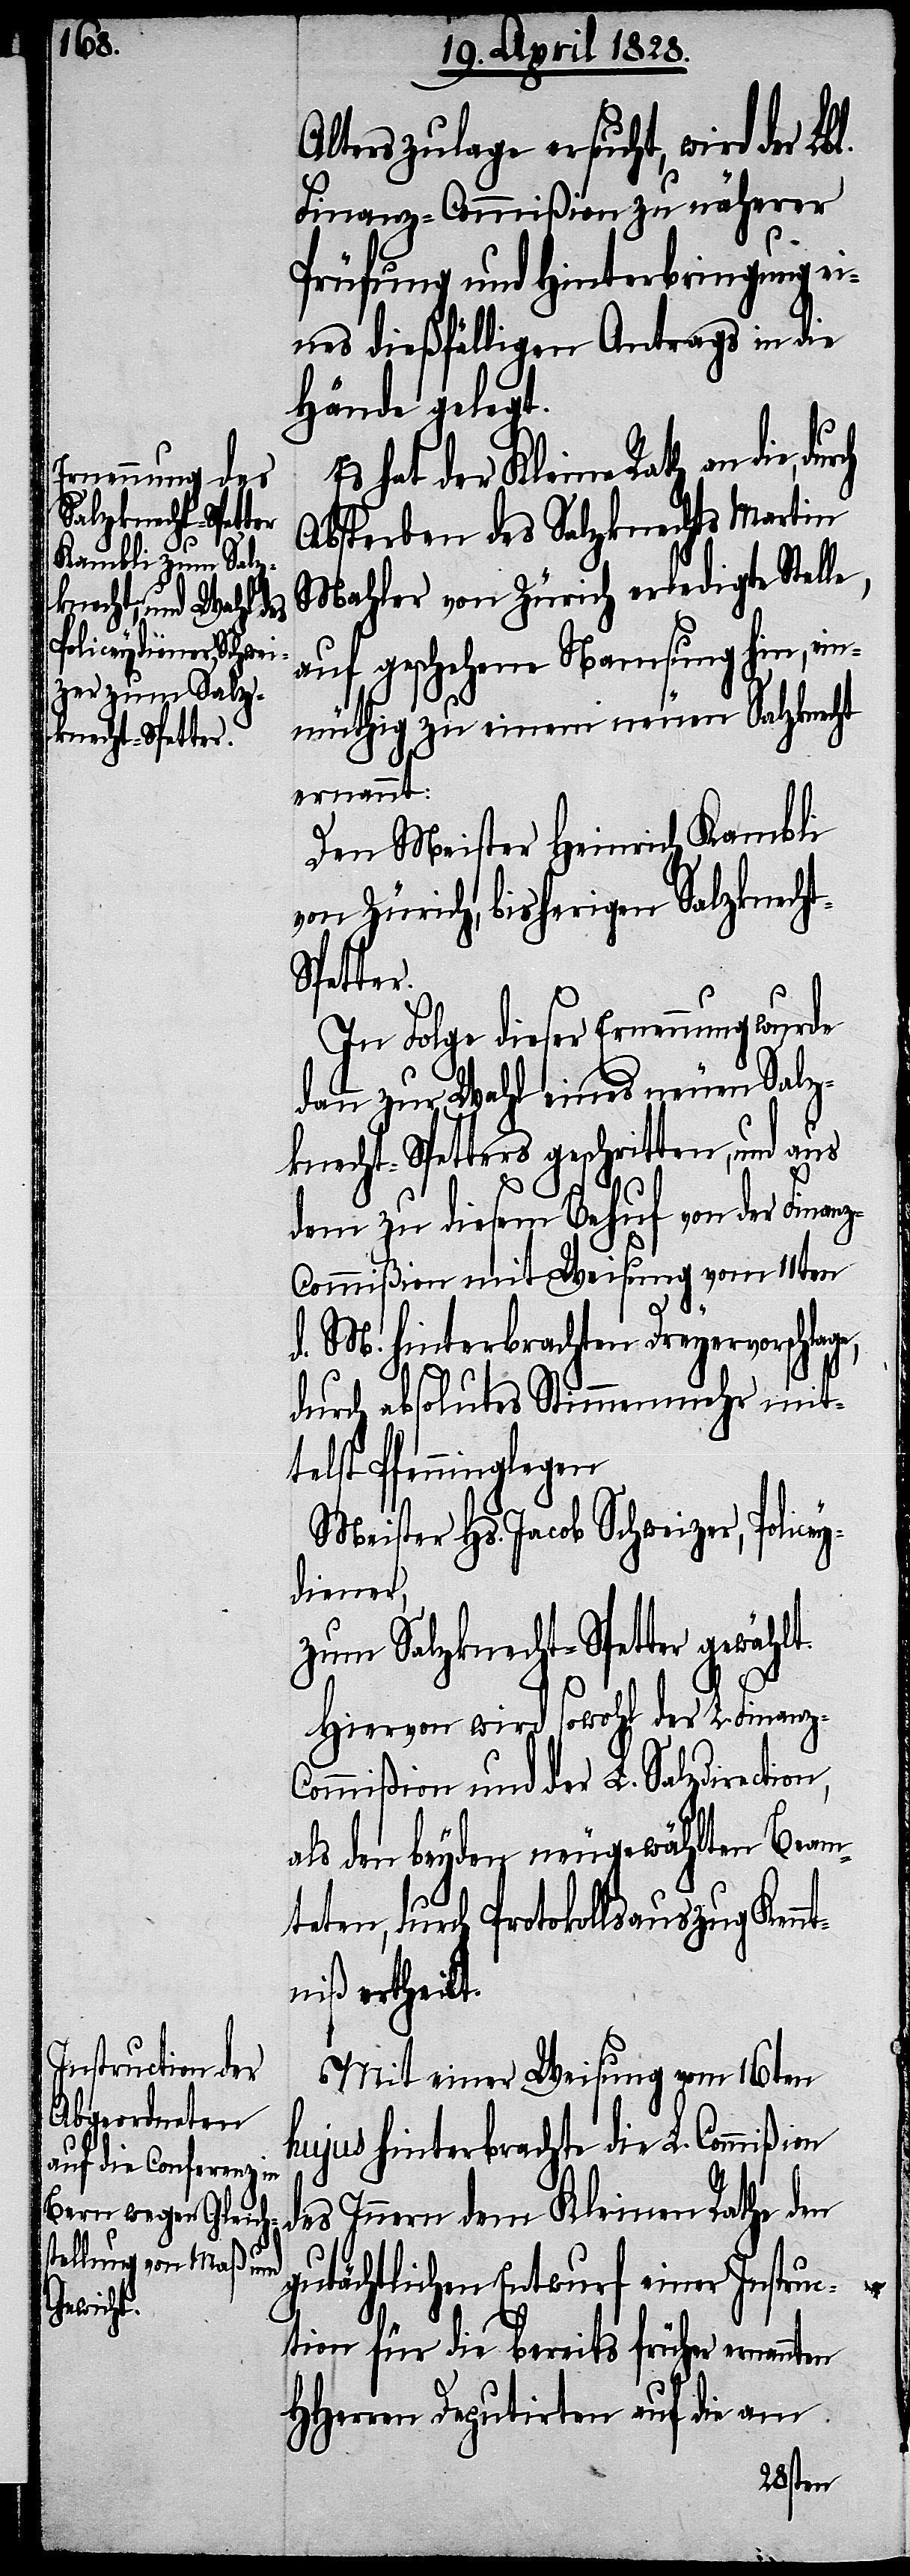
echt-Spetter.

Alterszulage ersucht, wird der
Finanz-Commißion zu näherer
Prüfung und Hinterbringung ei¬
nes dießfälligen Antrags in die
Hände gelegt.
Es hat der Kleine Rath an die,
Absterben des Salzknechts Martin
Mahler von Zürich erledigte Stell¬
auf geschehene Namsung hin, ei¬
nmüthig zu einem neuen Salzknecht
ernannt:
Den Meister Heinrich Kambli
von Zürich, bisherigen Salzkn¬
In Folge dieser Ernennung wurde
dann zur Wahl eines neuen Salz¬
knecht-Spetters geschritten, und aus
dem zu diesem Behuf von der Finan¬
z-Commißion mit Weisung vom 11ten
e,
d. M. hinterbrachten Dreyervorschlage,
durch absolutes Stimmenmehr mit¬
telst Pfenniglegen
Meister Hs. Jacob Schweizer, Police¬
ydiener,
zum Salzknecht-Spetter gewählt.
Hiervon wird sowohl der L. Finanz-C¬
ommißion und der L. Salzdirection,
als den beyden neugewählten Beam¬
teten, durch Protokollsauszug Kenn¬
tniß ertheilt.